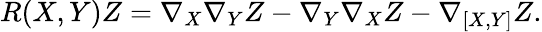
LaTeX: R(X,Y)Z=\nabla_{X}\nabla_{Y}Z-\nabla_{Y}\nabla_{X}Z-\nabla_{[X,Y]}Z.